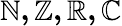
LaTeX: \mathbb{N,Z,R,C}